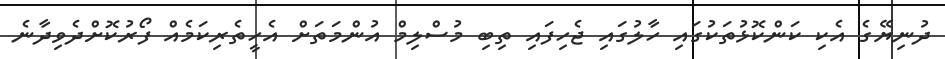
ދުނިޔޭގެ އެކި ކަންކޮޅުތަކުގައި ހާލުގައި ޖެހިފައި ތިބި މުސްލިމް އުންމަތަށް އެހީތެރިކަމެއް ފޯރުކޮށްދެވިދާނެ